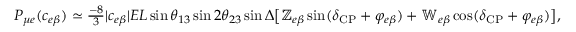
\begin{array} { r l } & { P _ { \mu e } ( c _ { e \beta } ) \simeq \frac { - 8 } { 3 } | c _ { e \beta } | E L \sin \ensuremath { \theta _ { 1 3 } } \sin 2 \theta _ { 2 3 } \sin \Delta \big [ \mathbb { Z } _ { e \beta } \sin ( \delta _ { \mathrm { C P } } + \varphi _ { e \beta } ) + \mathbb { W } _ { e \beta } \cos ( \delta _ { \mathrm { C P } } + \varphi _ { e \beta } ) \big ] , } \end{array}